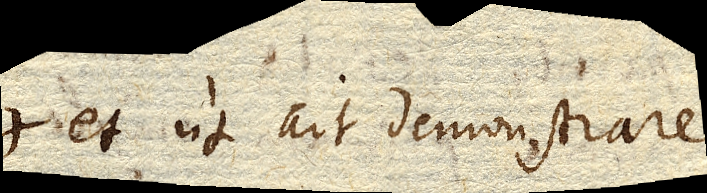
et ut ait demonstrare